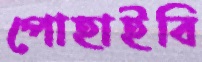
পোহাইবি